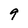
Character: 9